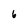
Character: 6